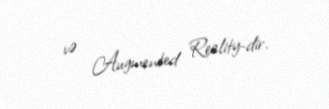
və Augmented Reality-dir.